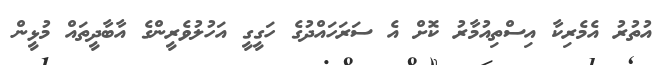
އުތުރު އެމެރިކާ އިސްތިއުމާރު ކޮށް އެ ސަރަހައްދުގެ ހަގީގީ އަހުލުވެރީންގެ އާބާދީތައް މުޅީން